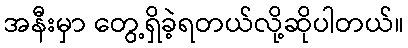
အနီးမှာ တွေ့ရှိခဲ့ရတယ်လို့ဆိုပါတယ်။